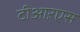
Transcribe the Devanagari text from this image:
टीआऱएस